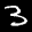
Label: 3